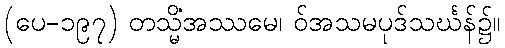
(ပေ-၁၉၇) တသ္မိံအဿမေ၊ ဝ်အသမပုဒ်သင်္ဃန်၌။